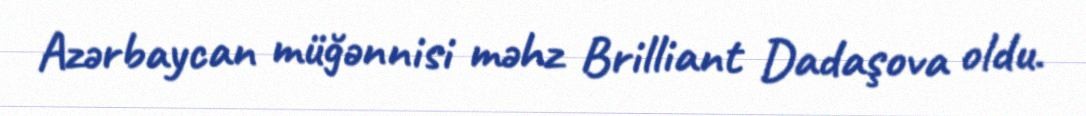
Azərbaycan müğənnisi məhz Brilliant Dadaşova oldu.